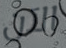
الآن